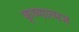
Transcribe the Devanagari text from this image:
कृष्णात्मज